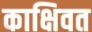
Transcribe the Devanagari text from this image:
काक्षिवत